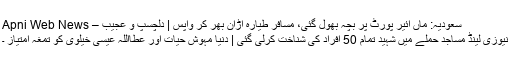
سعودیہ: ماں ائیر پورٹ پر بچہ بھول گئی، مسافر طیارہ اڑان بھر کر واپس | دلچسپ و عجیب – Apni Web News
نیوزی لینڈ مساجد حملے میں شہید تمام 50 افراد کی شناخت کرلی گئی | دنیا مہوش حیات اور عطااللہ عیسیٰ خیلوی کو تمغہ امتیاز ۔